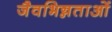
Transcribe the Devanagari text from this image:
जैवभिन्नताओं